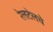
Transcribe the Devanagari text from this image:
रेलटेलचे